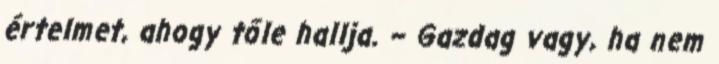
értelmet, ahogy tőle hallja. – Gazdag vagy, ha nem